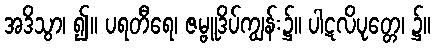
အဒိသွာ၊ ၍။ ပရတီရေ၊ ဇမ္ဗူဒိပ်ကျွန်း၌။ ပါဋလိပုတ္တေ၊ ၌။